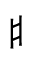
^ \sharp